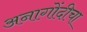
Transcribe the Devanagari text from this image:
अनागोंदीचा